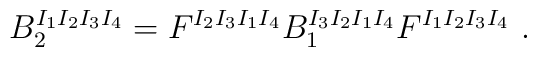
B^{I_1I_2I_3I_4}_2=F^{I_2I_3I_1I_4} B^{I_3I_2I_1I_4}_1F^{I_1I_2I_3I_4} \ .